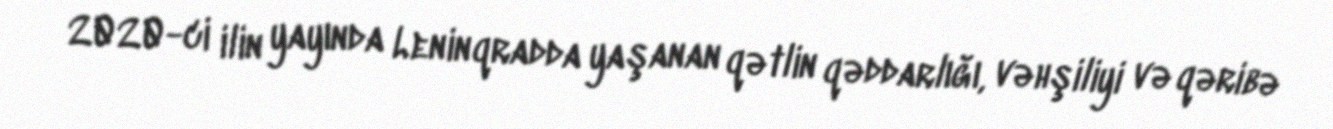
2020-ci ilin yayında Leninqradda yaşanan qətlin qəddarlığı, vəhşiliyi və qəribə